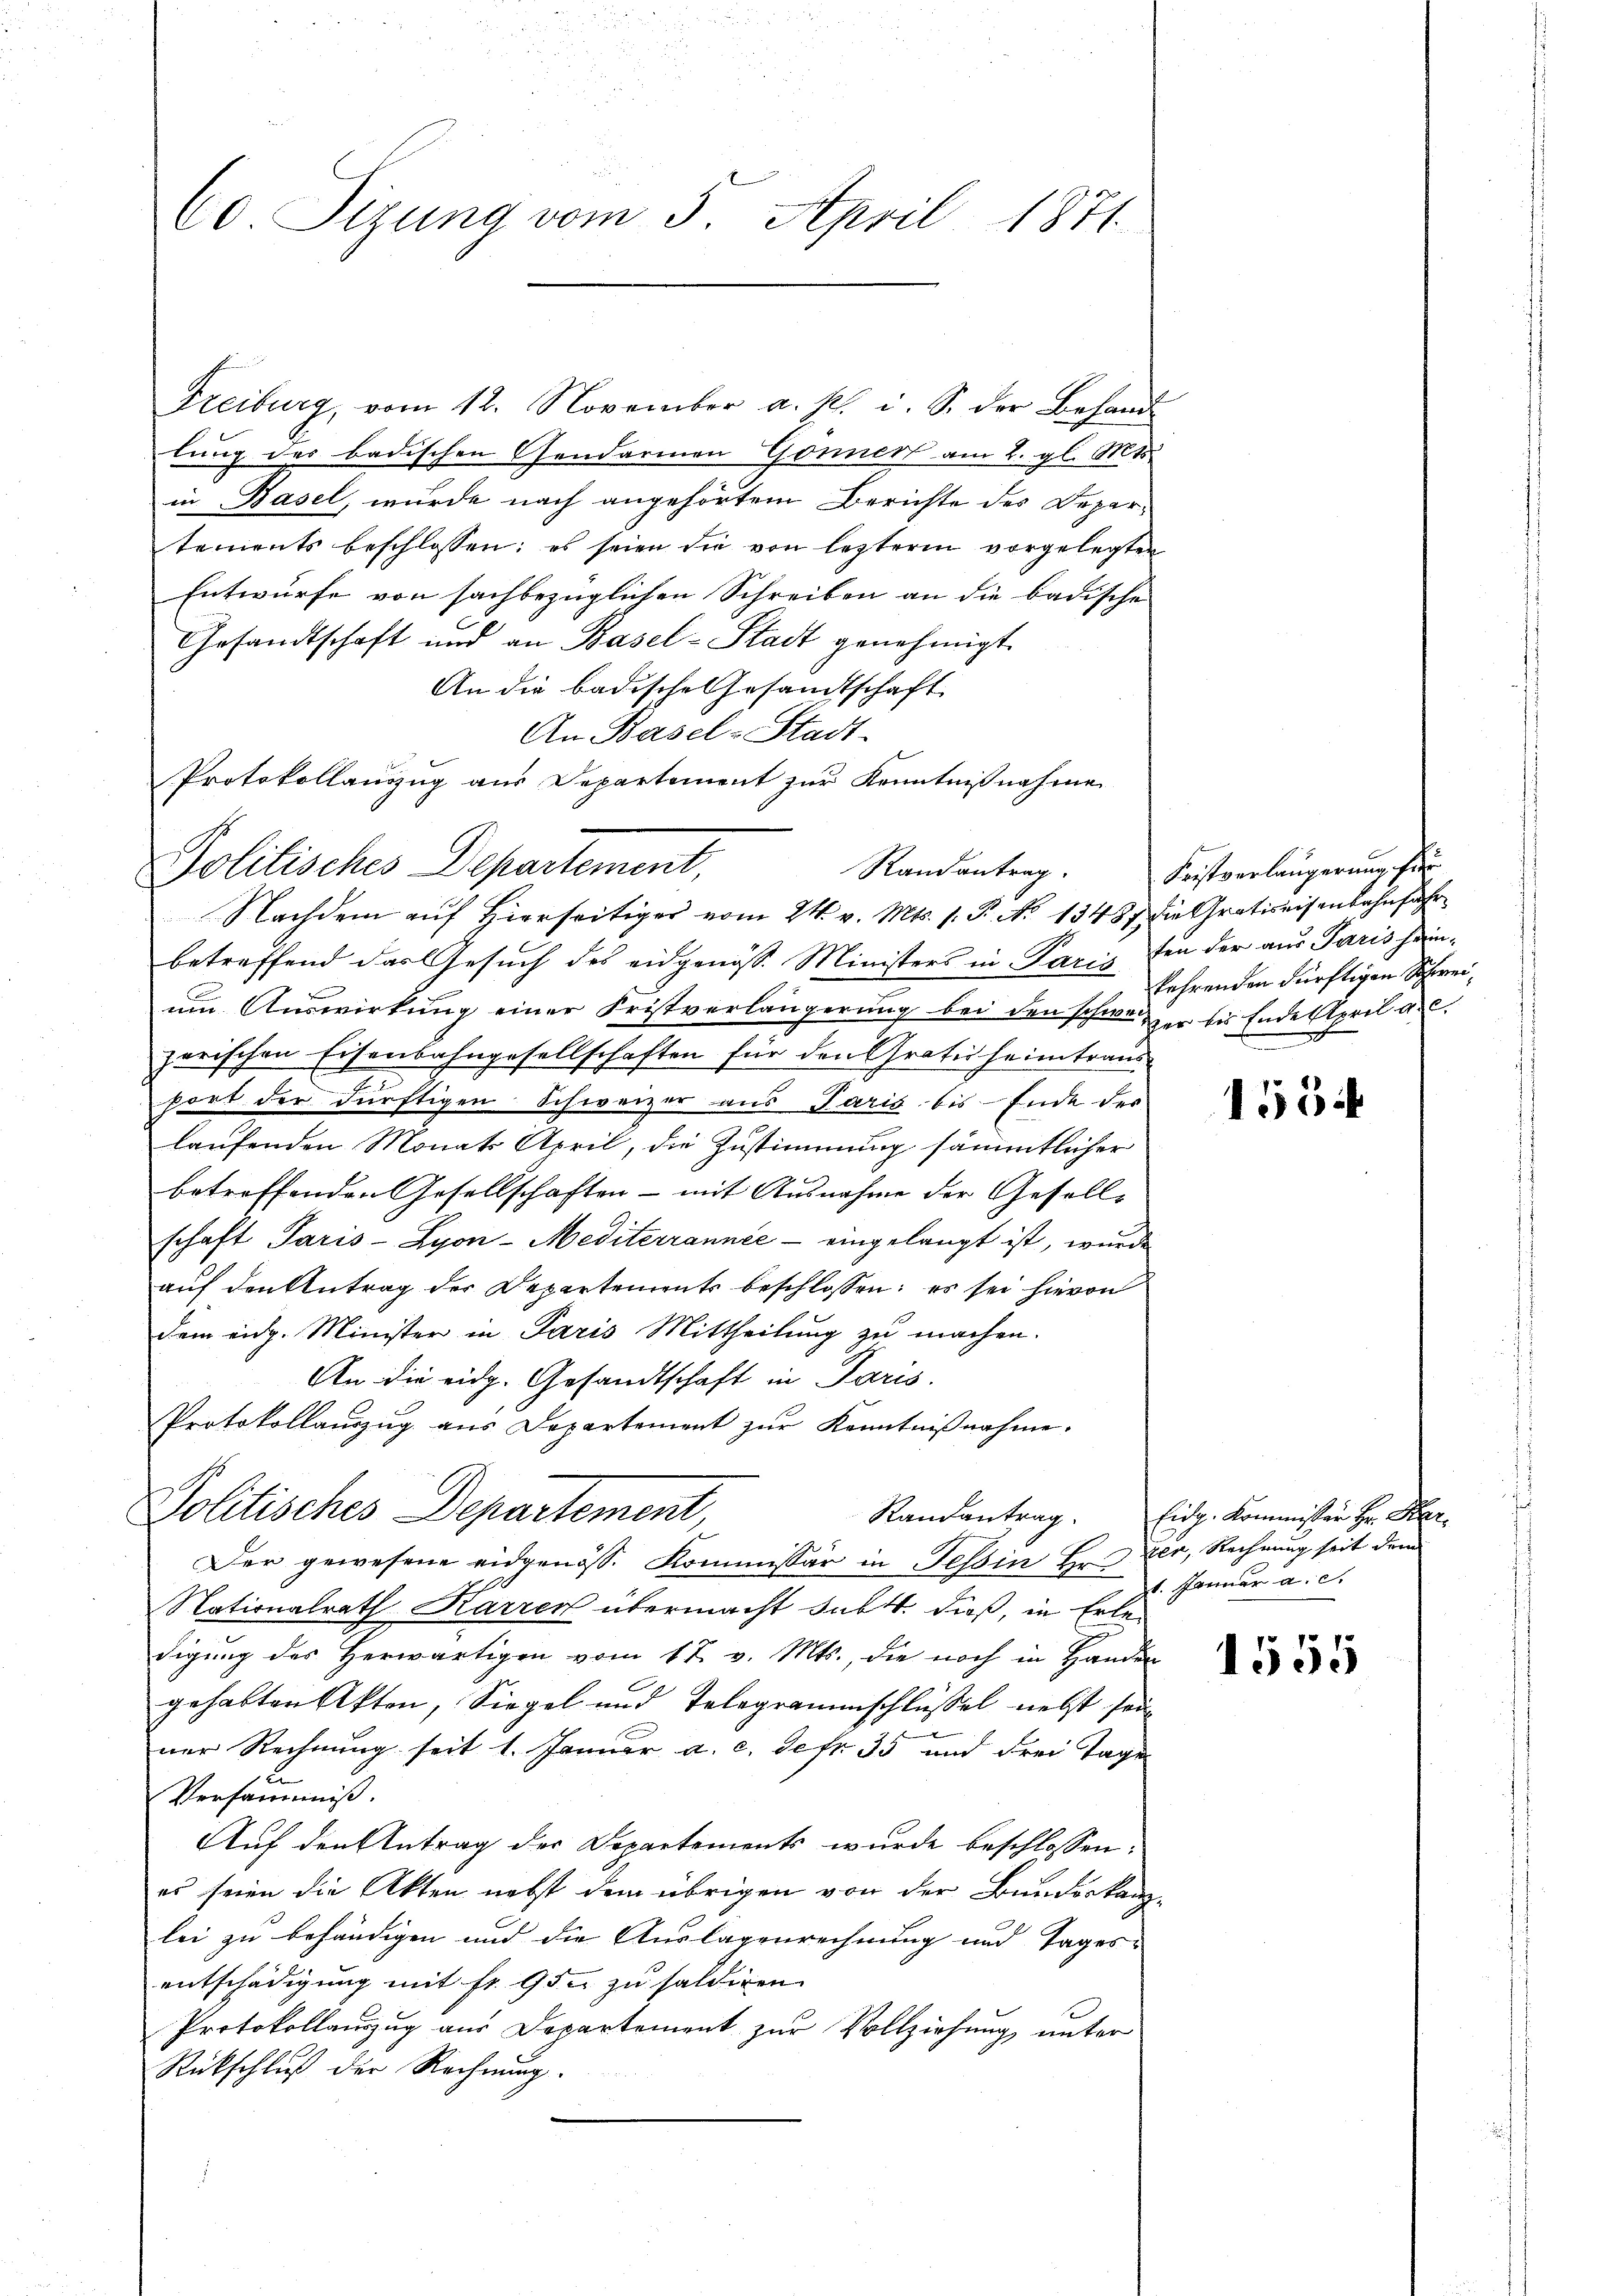
Co Sizung vom 5. April 1871

Freiburg, vom 12. November a. p. i. S. der Behand-
lung des badischen Gendarmen Gönnert am 2. gl. Mts.
in Basel, wurde nach angehörtem Berichte des Departements beschlossen; es seien die von lezteren vorgelegten
Entwurfe von sachbezüglichen Schreiben an die badische
Gesandtschaft und an Basel-Stadt genehmigt
An die badische Gesandtschaft
An Basel-Stadt-
Protokollauszug aus Departement zur Kenntnißnahme

Politisches Departement,
Nachdem auf Hierseitiger vom 24. v. Mts. s. P. No 1348. die Gratiseisenbahnfahr

Protokollauszug aus Departement zur Kenntnißnahme.
Politisches Departement,

betreffend das Gesuch des eidgenöss. Ministers in Paris den der aus Paris heim-
um Auswirkung einer Fristverlängerung bei den schweizer bis Ende April au
zerischen Eisenbahngesellschaften für den Gratis heimtraus
port der dürftigen Schweizer aus Paris bis Ende des
laufenden Monats April, die Zustimmung sämmtlicher
betreffenden Gesellschaften - mit Ausnahme der Geselle
schaft Paris - Lyon-Mediterrannée - eingelangt ist, wurde
auf den Antrag der Departements beschlossen; es sei hievon
dem eidg. Minister in Paris Mittheilung zu machen.
An die eidg. Gesandtschaft in Paris.
Der gewesene eidgenöss. Kommissär in Tessin Hr. Ver, Rechnung seit dem
Nationalrath Karren übermacht subtt. dieß, in Erledigung des Herwärtigen vom 17. v. Mts., die noch in Handen
gehabten Akten, Siegel und Telegrammschlüssel nebst seiner Rechnung seit 1. Januar a. c. defr. 35 und drei Tage
Versäumniß.
Auf den Antrag der Departements wurde beschlossen:
es seien die Akten nebst dem übrigen von der Bunderkanlei zu behändigen und die Auslagenrechnung und Tages-
entschädigung mit fr. 95 zu saldigen
Protokollauszug aus Departement zur Vollziehung unter
Rückschluß der Rechnung.

Randantrag. Fristverlängerung für
kehrenden dürftigen Schwei¬

1554

Randantrag. Eidg. Kommissär Hr. Kar
1. Januar a. c.

1555